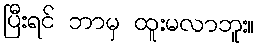
ပြီးရင် ဘာမှ ထူးမလာဘူး။